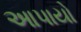
આપાયો